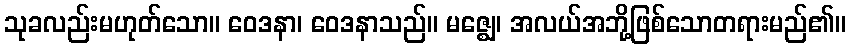
သုခလည်းမဟုတ်သော။ ဝေဒနာ၊ ဝေဒနာသည်။ မဇ္ဈေ၊ အလယ်အဘို့ဖြစ်သောတရားမည်၏။